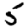
Digit: 5